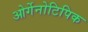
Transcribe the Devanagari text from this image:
ओर्गेनोटिपिक